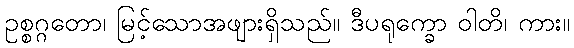
ဥစ္စဂ္ဂတော၊ မြင့်သောအဖျားရှိသည်။ ဒီပရုက္ခော ဝါတိ၊ ကား။